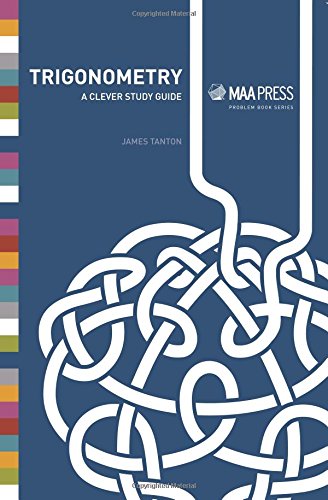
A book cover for Trigonometry: A Clever Study Guide (Maa Problem Books); James Tanton; Science & Math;